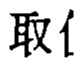
取